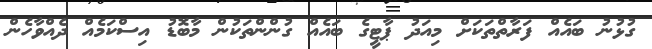
ގުޅުނު ބައެއް ފަރާތްތަކަށް މިއަދު ޕާޓީގެ ބައެއް ގުންންތަކުން މާބޮޑު އިސްކަމެއް ދެއްވާހެން